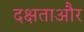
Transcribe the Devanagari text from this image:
दक्षताऔर